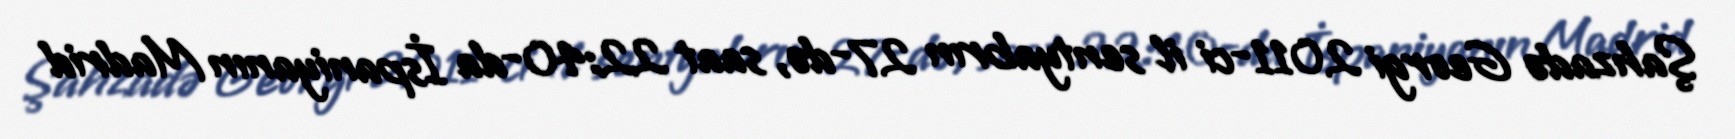
Şahzadə Georgi 2011-ci il sentyabrın 27-də, saat 22:40-da İspaniyanın Madrid